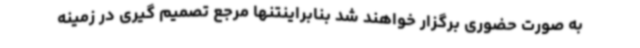
به صورت حضوری برگزار خواهند شد بنابراینتنها مرجع تصمیم گیری در زمینه